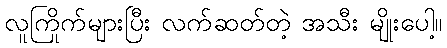
လူကြိုက်များပြီး လက်ဆတ်တဲ့ အသီး မျိုးပေါ့။